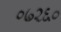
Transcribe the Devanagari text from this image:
०७२६०